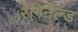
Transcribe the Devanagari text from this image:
रेगिनेल्‍ड